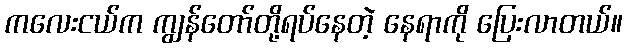
ကလေးငယ်က ကျွန်တော်တို့ရပ်နေတဲ့ နေရာကို ပြေးလာတယ်။